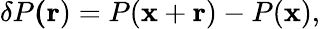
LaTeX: \delta P\mathbf{(r})=P(\mathbf{x}+\mathbf{r})-P(\mathbf{x}),